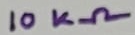
Text: 10KΩ